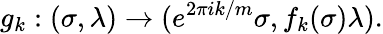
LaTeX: g_{k}:(\sigma,\lambda)\rightarrow(e^{2\pi ik/m}\sigma,f_{k}(\sigma)\lambda).